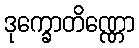
ဒုက္ခောတိဏ္ဏော